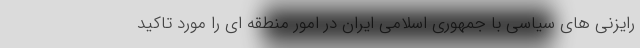
رایزنی های سیاسی با جمهوری اسلامی ایران در امور منطقه ای را مورد تاکید